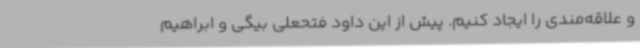
و علاقه‌مندی را ایجاد کنیم. پیش از این داود فتحعلی بیگی و ابراهیم